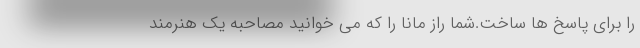
را برای پاسخ ها ساخت.شما راز مانا را که می خوانید مصاحبه یک هنرمند